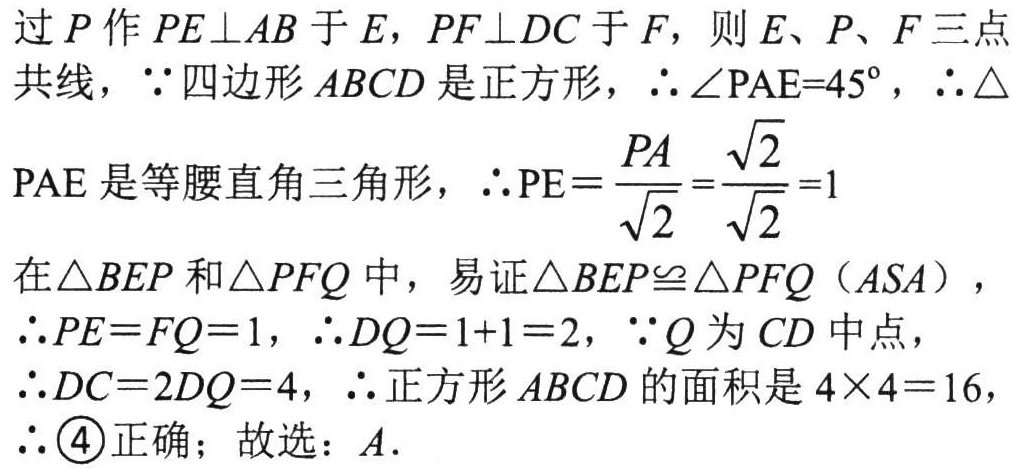
过\(P\)作\(PE\perp AB\)于\(E\)，\(PF\perp DC\)于\(F\)，则\(E\)、\(P\)、\(F\)三点共线，\(\because\)四边形\(ABCD\)是正方形，\(\therefore \angle PAE = 45^{\circ}\)，\(\therefore \triangle\)

\(PAE\)是等腰直角三角形，\(\therefore PE=\frac{PA}{\sqrt{2}}=\frac{\sqrt{2}}{\sqrt{2}} = 1\)

在\(\triangle BEP\)和\(\triangle PFQ\)中，易证\(\triangle BEP\cong\triangle PFQ\)（\(ASA\)），

\(\therefore PE = FQ = 1\)，\(\therefore DQ = 1 + 1 = 2\)，\(\because Q\)为\(CD\)中点，

\(\therefore DC = 2DQ = 4\)，\(\therefore\)正方形\(ABCD\)的面积是\(4\times4 = 16\)，

\(\therefore\)\textcircled{4}正确；故选：\(A\).